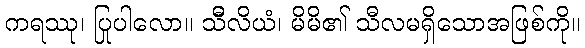
ကရဿု၊ ပြုပါလော။ သီိလိယံ၊ မိမိ၏ သီလမရှိသောအဖြစ်ကို။